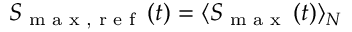
S _ { \textrm { m a x , r e f } } \left( t \right) = \langle S _ { \textrm { m a x } } \left( t \right) \rangle _ { N }